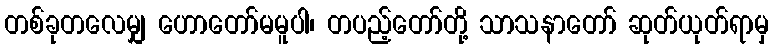
တစ်ခုတလေမျှ ဟောတော်မမူပါ၊ တပည့်တော်တို့ သာသနာတော် ဆုတ်ယုတ်ရာမှ